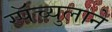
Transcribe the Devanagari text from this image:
स्पॅच्युलाने